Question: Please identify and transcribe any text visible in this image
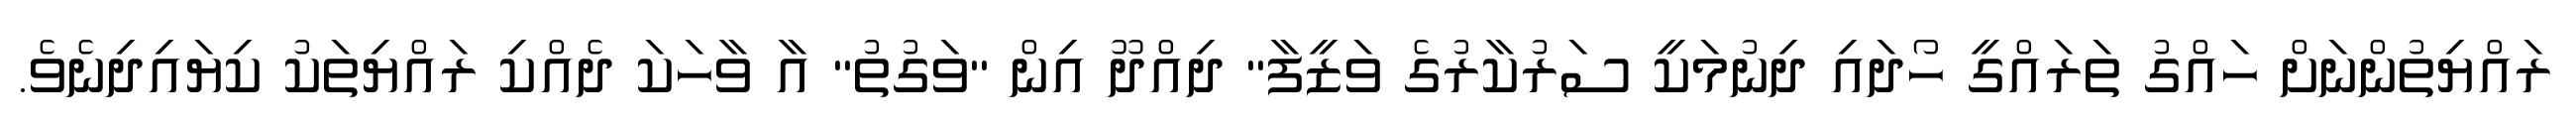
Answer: ރައްޔިތުންނަށް ހައްގު ތަރައްގީ ހޯދައި ދިނުމަކީ ސަރުކާރުގެ ވަޒީފާ" ދިއްދޫ އިން "ވަގުތު" އާ ވާހަކަ ދެއްކި ރައްޔިތަކު ކިޔައިދިނެވެ.